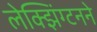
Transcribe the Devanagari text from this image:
लेक्झिंग्टनने